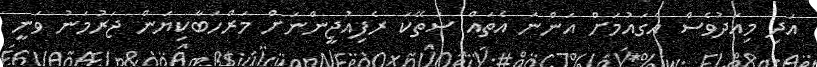
އަދި މިއަދުވެސް އެގައުމަށް އަންނަ އެތައް ސަތޭކަ ރެފިއުޖީންނަށް މަރްހަބާކިޔަން ޖަރުމަނު ވަނީ